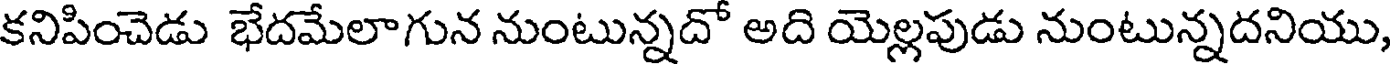
కనిపించెడు భేదమేలాగున నుంటున్నదో అది యెల్లపుడు నుంటున్నదనియు,